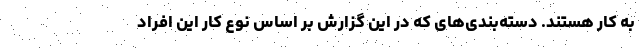
به کار هستند. دسته‌بندی‌های که در این گزارش بر اساس نوع کار این افراد